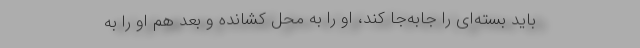
باید بسته‌ای را جابه‌جا کند، او را به محل کشانده و بعد هم او را به